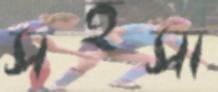
সহসা